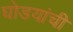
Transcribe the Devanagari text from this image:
घोडयांची